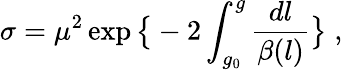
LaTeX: \sigma=\mu^{2}\exp\big\{ -2\int_{g_{0}}^{g}\frac{dl}{\beta(l)}\big\} \; ,